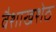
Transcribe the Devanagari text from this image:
वैशाखशेठ